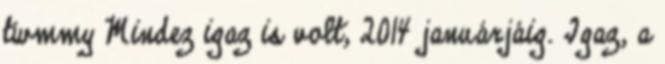
twmmy Mindez igaz is volt, 2014 januárjáig. Igaz, a